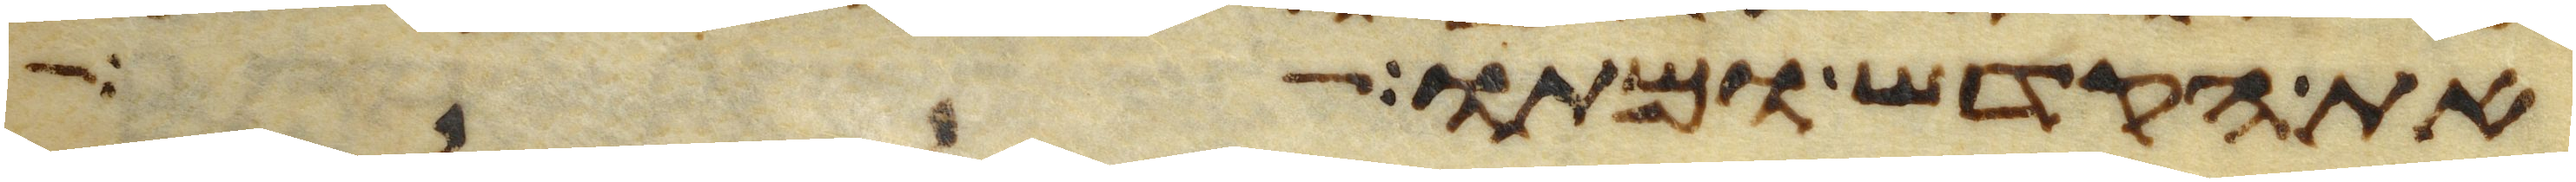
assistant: את הקדש ומתו